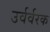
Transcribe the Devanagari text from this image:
उर्वर्वरक